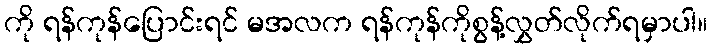
ကို ရန်ကုန်ပြောင်းရင် မအလက ရန်ကုန်ကိုစွန့်လွှတ်လိုက်ရမှာပါ။